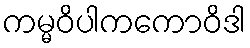
ကမ္မဝိပါကကောဝိဒါ